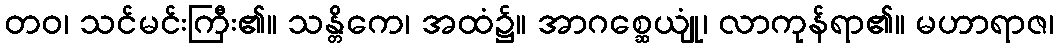
တဝ၊ သင်မင်းကြီး၏။ သန္တိကေ၊ အထံ၌။ အာဂစ္ဆေယျုံ၊ လာကုန်ရာ၏။ မဟာရာဇ၊